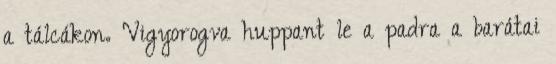
a tálcákon. Vigyorogva huppant le a padra a barátai